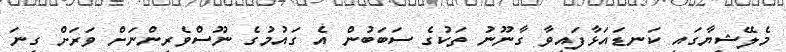
މެލޭޝިޔާގައި ކަނޑައަޅާފައިވާ ގާނޫނު ތަކުގެ ސަބަބުން އެ ގައުމުގެ ނޫސްވެރިންނަށް ވަރަށް ގިނަ